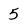
Character: 5